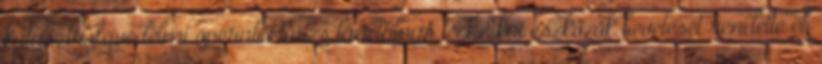
katasztrófavédelmi operatív törzs lánctalpas technikai eszközök bevetését rendelte el.